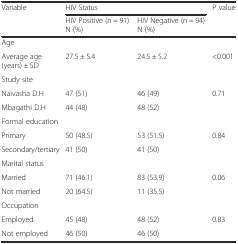
<table><thead><tr><td rowspan="2"><b>Variable</b></td><td colspan="2"><b>HIV Status</b></td><td rowspan="2"><b>P value</b></td></tr><tr><td><b>HIV Positive (n = 91) N (%)</b></td><td><b>HIV Negative (n = 94) N (%)</b></td></tr></thead><tbody><tr><td colspan="4">Age</td></tr><tr><td>Average age (years) ± SD</td><td>27.5 ± 5.4</td><td>24.5 ± 5.2</td><td>&lt;0.001</td></tr><tr><td colspan="4">Study site</td></tr><tr><td>Naivasha D.H</td><td>47 (51)</td><td>46 (49)</td><td>0.71</td></tr><tr><td>Mbagathi D.H</td><td>44 (48)</td><td>48 (52)</td><td></td></tr><tr><td colspan="4">Formal education</td></tr><tr><td>Primary</td><td>50 (48.5)</td><td>53 (51.5)</td><td>0.84</td></tr><tr><td>Secondary/tertiary</td><td>41 (50)</td><td>41 (50)</td><td></td></tr><tr><td colspan="4">Marital status</td></tr><tr><td>Married</td><td>71 (46.1)</td><td>83 (53.9)</td><td>0.06</td></tr><tr><td>Not married</td><td>20 (64.5)</td><td>11 (35.5)</td><td></td></tr><tr><td colspan="4">Occupation</td></tr><tr><td>Employed</td><td>45 (48)</td><td>48 (52)</td><td>0.83</td></tr><tr><td>Not employed</td><td>46 (50)</td><td>46 (50)</td><td></td></tr></tbody></table>